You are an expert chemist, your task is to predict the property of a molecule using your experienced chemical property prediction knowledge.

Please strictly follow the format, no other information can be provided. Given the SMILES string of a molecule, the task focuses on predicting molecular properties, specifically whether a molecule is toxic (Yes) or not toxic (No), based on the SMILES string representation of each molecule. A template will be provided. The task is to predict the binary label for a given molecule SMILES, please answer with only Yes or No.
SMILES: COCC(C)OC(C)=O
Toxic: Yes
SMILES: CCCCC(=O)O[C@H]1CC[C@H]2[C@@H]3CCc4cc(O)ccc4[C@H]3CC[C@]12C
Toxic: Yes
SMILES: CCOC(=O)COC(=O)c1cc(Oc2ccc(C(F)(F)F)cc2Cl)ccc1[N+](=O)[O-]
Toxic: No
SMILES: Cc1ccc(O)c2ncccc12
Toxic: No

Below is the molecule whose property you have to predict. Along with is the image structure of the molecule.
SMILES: OCCN1CCNCC1
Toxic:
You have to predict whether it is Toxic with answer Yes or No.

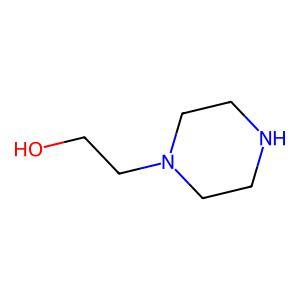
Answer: No